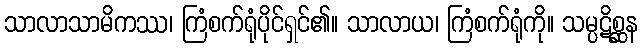
သာလာသာမိကဿ၊ ကြံစက်ရုံပိုင်ရှင်၏။ သာလာယ၊ ကြံစက်ရုံကို။ သမ္ပဋိစ္ဆန